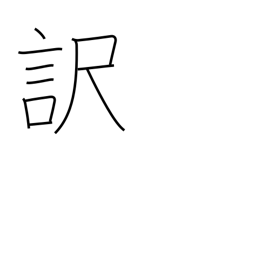
Meaning: reason